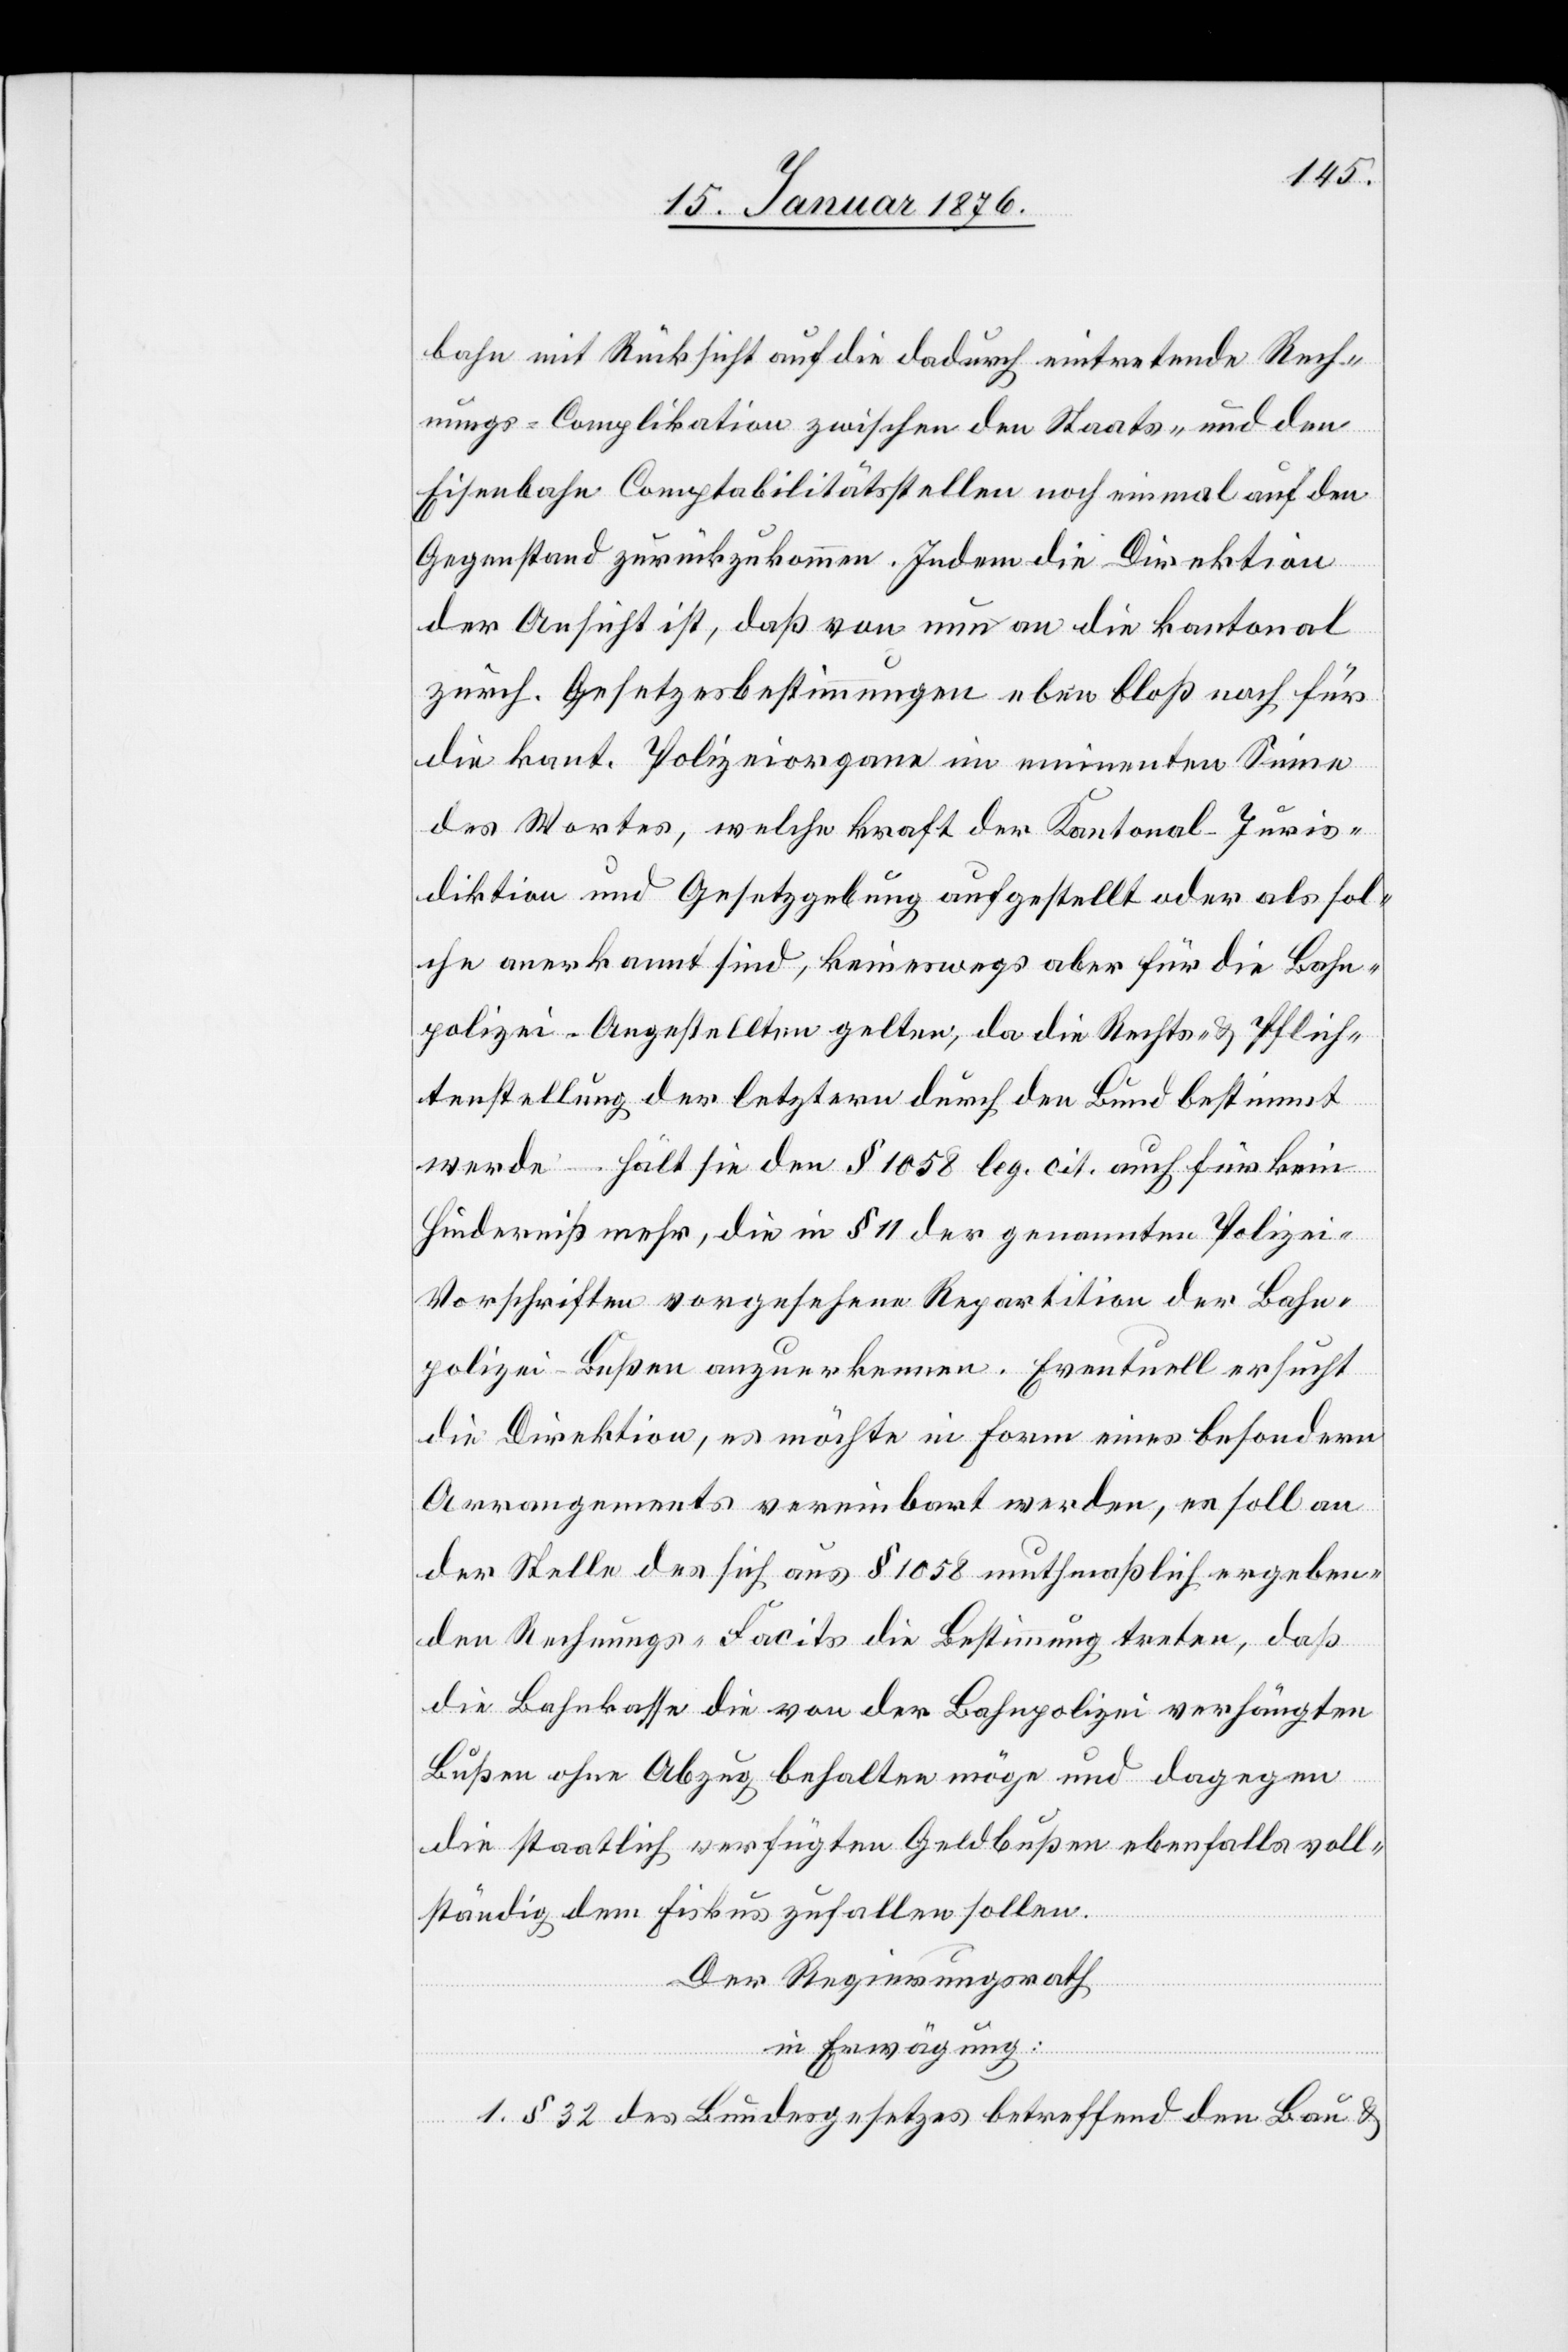
bahn mit Rücksicht auf die dadurch eintretende Rech¬
nungs-Complikation zwischen den Staats- und den
Eisenbahn Comptabilitätsstellen noch einmal auf den
Gegenstand zurückzukommen. Indem die Direktion
der Ansicht ist, daß von nun an die kantonal
zürch. Gesetzesbestimmungen eben bloß noch für
die kant. Polizeiorgane im eminenten Sinne
des Wortes, welche kraft der Kantonal-Juris¬
diktion und Gesetzgebung aufgestellt oder als sol¬
che anerkannt sind, keineswegs aber für die Bahn¬
polizei-Angestellten gelten, da die Rechts- u. Pflich¬
tenstellung der letztern durch den Bund bestimmt
werde – hält sie den § 1058 leg. cit. auch für kein
Hinderniß mehr, die in § 11 der genannten Polizei-V¬
orschriften vorgesehene Repartition der Bahn¬
polizei-Bußen anzuerkennen. Eventuell ersucht
die Direktion, es möchte in Form eines besondern
Arrangements vereinbart werden, es soll an
der Stelle des sich aus § 1058 muthmaßlich ergeben¬
den Rechnungs-Facits die Bestimmung treten, daß
die Bahnkasse die von der Bahnpolizei verhängten
Bußen ohne Abzug behalten möge und dagegen
die staatlich verfügten Geldbußen ebenfalls voll¬
ständig dem Fiskus zufallen sollen.
Der Regierungsrath
in Erwägung:
1. § 32 des Bundesgesetzes betreffend den Bau u.